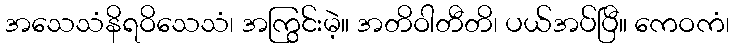
အသေသံနိရဝိသေသံ၊ အကြွင်းမဲ့။ အတိဝါတီတိ၊ ပယ်အပ်ပြီ။ ကေဝကံ၊